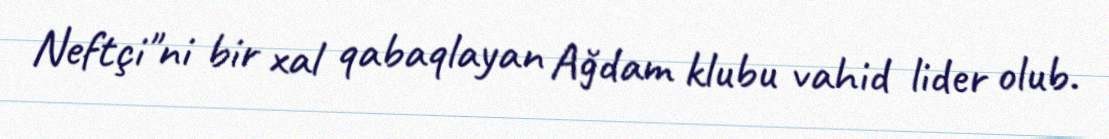
Neftçi"ni bir xal qabaqlayan Ağdam klubu vahid lider olub.